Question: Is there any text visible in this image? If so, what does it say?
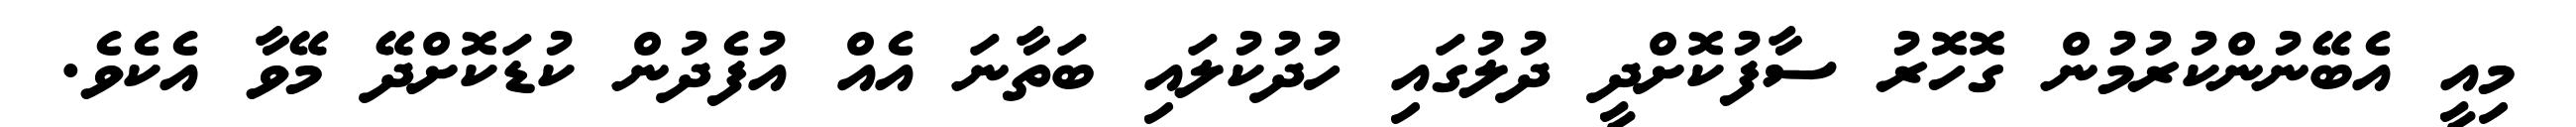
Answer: މިއީ އެބޭނުންކުރުމުން ގޮހޮރު ސާފުކޮށްދީ ދުލުގައި ހުދުކުލައި ބަތާނަ އެއް އުފެދުން ކުޑަކޮށްދޭ މޭވާ އެކެވެ.